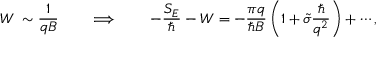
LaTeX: W \: \sim \frac { 1 } { q B } \qquad \Longrightarrow \qquad - \frac { S _ { E } } { \hbar } - W = - \frac { \pi q } { \hbar B } \, \biggl ( 1 + \tilde { \sigma } \frac { \hbar } { q ^ { 2 } } \biggr ) + \cdots ,